Vaccination in Burma 1900-1911 - 1900-1911
Year: 1900
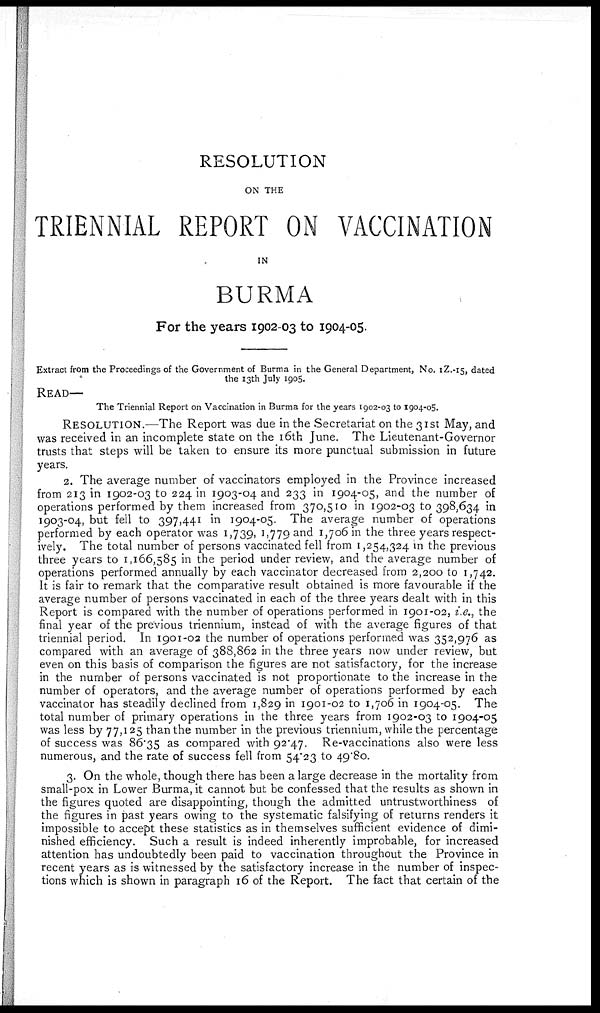
RESOLUTION
ON THE
TRIENNIAL REPORT ON VACCINATION
IN
BURMA
For the years 1902-03 to 1904-05.
Extract from the Proceedings of the Government of Burma in the General Department, No. 1Z.-15, dated
the 13th July 1905.
READ—
The Triennial Report on Vaccination in Burma for the years 1902-03 to 1904-05.
RESOLUTION.—The Report was due in the Secretariat on the 31st May, and
was received in an incomplete state on the 16th June. The Lieutenant-Governor
trusts that steps will be taken to ensure its more punctual submission in future
years.
2. The average number of vaccinators employed in the Province increased
from 213 in 1902-03 to 224 in 1903-04 and 233 in 1904-05, and the number of
operations performed by them increased from 370,510 in 1902-03 to 398,634 in
1903-04, but fell to 397,441 in 1904-05. The average number of operations
performed by each operator was 1,739, 1,779 and 1,706 in the three years respect-
ively. The total number of persons vaccinated fell from 1,254,324 in the previous
three years to 1,166,585 in the period under review, and the average number of
operations performed annually by each vaccinator decreased from 2,200 to 1,742.
It is fair to remark that the comparative result obtained is more favourable if the
average number of persons vaccinated in each of the three years dealt with in this
Report is compared with the number of operations performed in 1901-02, i.e., the
final year of the previous triennium, instead of with the average figures of that
triennial period. In 1901-02 the number of operations performed was 352,976 as
compared with an average of 388,862 in the three years now under review, but
even on this basis of comparison the figures are not satisfactory, for the increase
in the number of persons vaccinated is not proportionate to the increase in the
number of operators, and the average number of operations performed by each
vaccinator has steadily declined from 1,829 in 1901-02 to 1,706 in 1904-05. The
total number of primary operations in the three years from 1902-03 to 1904-05
was less by 77,125 than the number in the previous triennium, while the percentage
of success was 86.35 as compared with 92.47. Re-vaccinations also were less
numerous, and the rate of success fell from 54.23 to 49.80.
3. On the whole, though there has been a large decrease in the mortality from
small-pox in Lower Burma, it cannot but be confessed that the results as shown in
the figures quoted are disappointing, though the admitted untrustworthiness of
the figures in past years owing to the systematic falsifying of returns renders it
impossible to accept these statistics as in themselves sufficient evidence of dimi-
nished efficiency. Such a result is indeed inherently improbable, for increased
attention has undoubtedly been paid to vaccination throughout the Province in
recent years as is witnessed by the satisfactory increase in the number of inspec-
tions which is shown in paragraph 16 of the Report. The fact that certain of the